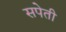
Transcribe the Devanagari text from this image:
सपेती